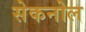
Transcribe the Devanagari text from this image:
सेकनोल